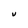
Character: U